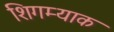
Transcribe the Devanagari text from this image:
शिगम्याक